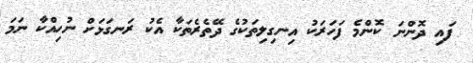
ފައި ދޮންނަ ކޮންމެ ފަހަރަކު އިނގިލިތަކުގެ ދޭތެރެތަކާ އެކު ރަނގަޅަށް ނުހިއްކާ ނަމަ